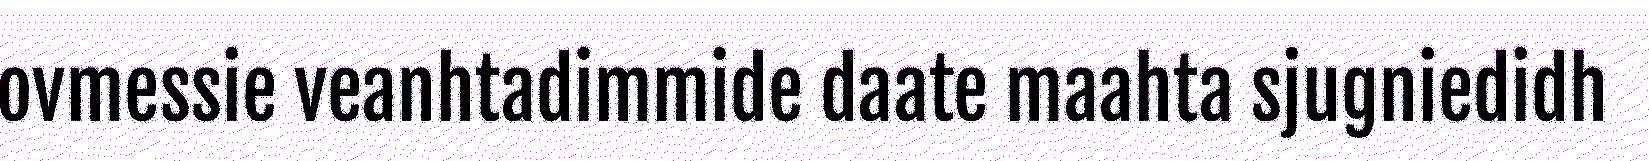
ovmessie veanhtadimmide daate maahta sjugniedidh